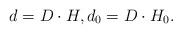
LaTeX: \begin{align*}d=D\cdot H, d_0=D\cdot H_0.\end{align*}